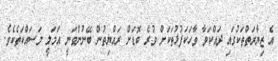
އެ ޒިޔާރަތްތަކުގައި ދައްކަވާ ވާހަކަފުޅުތަކަށް ވުރެ ބޮޑަށް ރައްޔިތުން ބޭނުންވަނީ އަމަލީ މަސައްކަތެކެވެ.